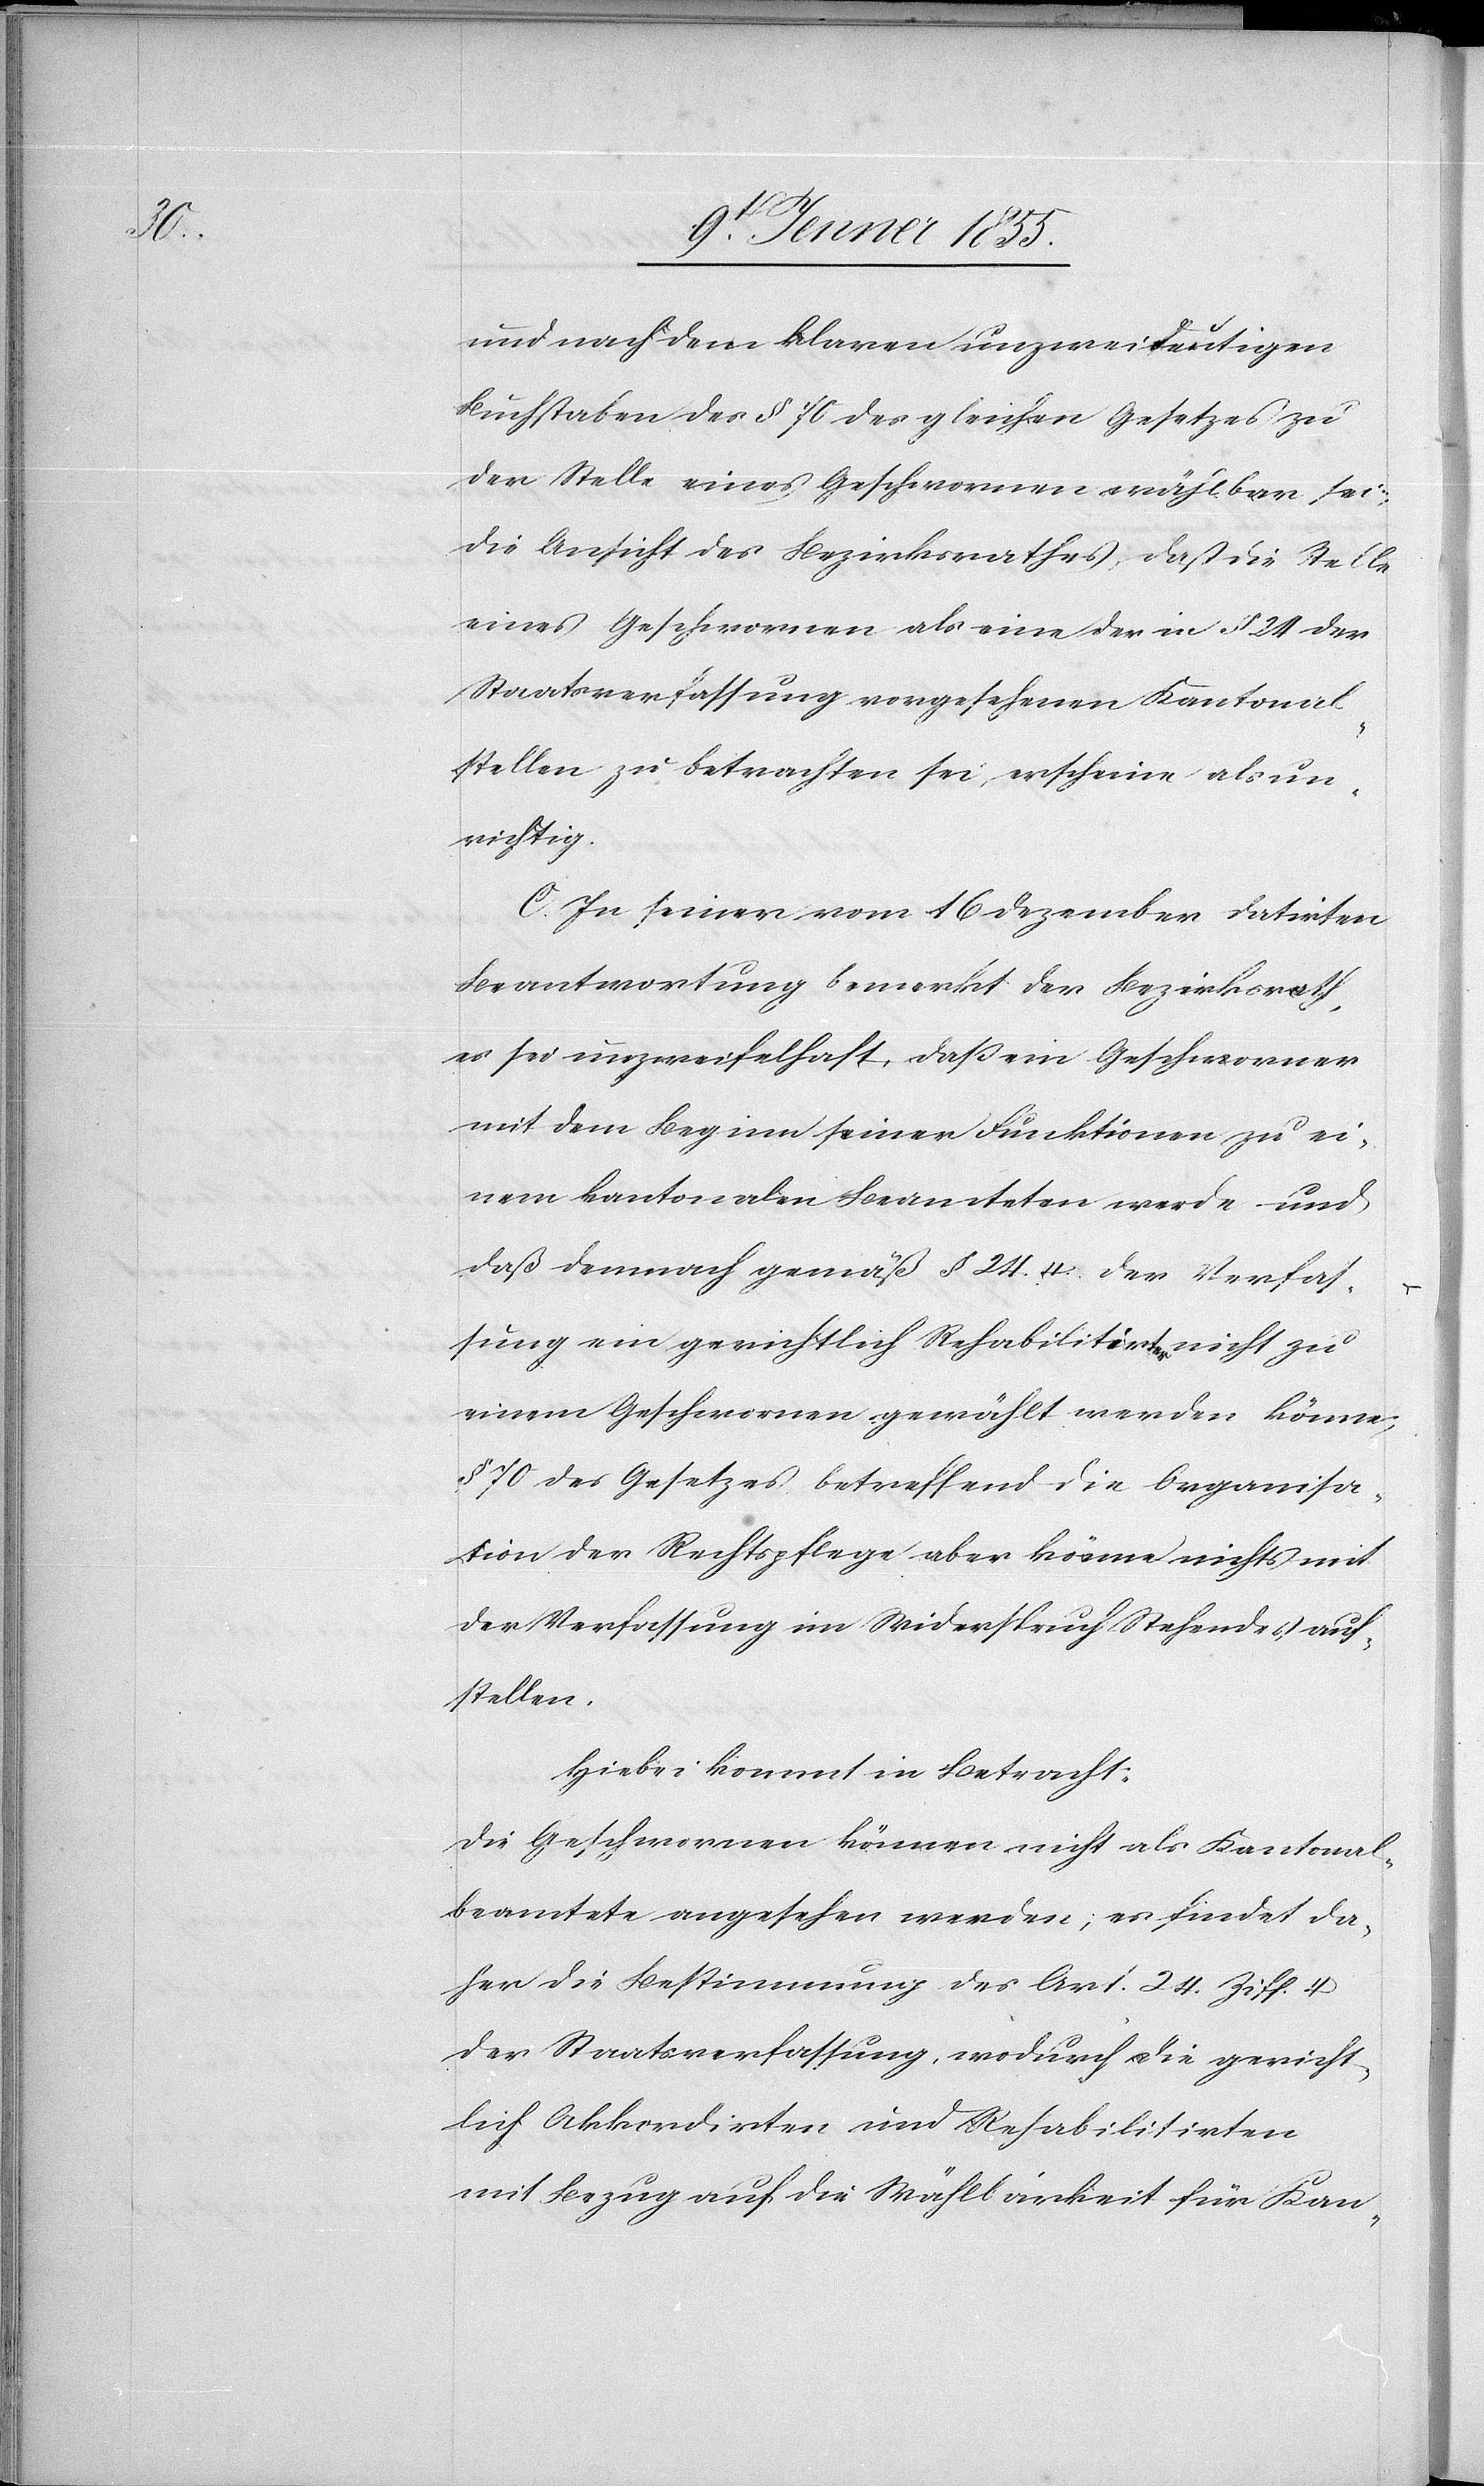
und nach dem klaren unzweideutigen
Buchstaben des § 70 des gleichen Gesetzes zu
der Stelle eines Geschwornen wählbar sei.
Die Ansicht des Bezirksrathes, daß die Stelle
eines Geschwornen als eine der in § 24 der
Staatsverfassung vorgesehenen Kantonal¬
stellen zu betrachten sei, erscheine als un¬
richtig.
C. In seiner vom 16 Dezember datirten
Beantwortung bemerkt der Bezirksrath,
es sei unzweifelhaft, daß ein Geschworner
mit dem Beginn seiner Funktionen zu ei¬
nem kantonalen Beamteten werde und
daß demnach gemäß § 24. 4. der Verfas¬
sung ein gerichtlich Rehabilitirter nicht zu
einem Geschwornen gewählt werden könne;
§ 70 des Gesetzes betreffend die Organisa¬
tion der Rechtspflege aber könne nichts mit
der Verfassung im Widerspruch Stehendes auf¬
stellen.
Hiebei kommt in Betracht:
Die Geschwornen können nicht als Kantonal¬
beamtete angesehen werden; es findet da¬
her die Bestimmung des Art. 24. Ziff. 4
der Staatsverfassung, wodurch die gericht¬
lich Akkordirten und Rehabilitirten
mit Bezug auf die Wählbarkeit für Kan-